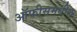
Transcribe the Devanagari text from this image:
ऑफीसमधील